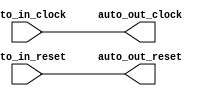
module FixedClockBroadcast_5(
  input   auto_in_clock,
  input   auto_in_reset,
  output  auto_out_clock,
  output  auto_out_reset
);
  assign auto_out_clock = auto_in_clock; // @[Nodes.scala 1210:84 LazyModule.scala 309:16]
  assign auto_out_reset = auto_in_reset; // @[Nodes.scala 1210:84 LazyModule.scala 309:16]
endmodule